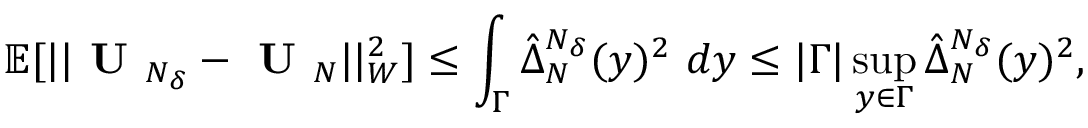
\mathbb { E } [ | | \textbf { U } _ { N _ { \delta } } - \textbf { U } _ { N } | | _ { W } ^ { 2 } ] \leq \int _ { \boldsymbol { \Gamma } } \hat { \Delta } _ { N } ^ { N _ { \delta } } ( y ) ^ { 2 } \ d y \leq | \boldsymbol { \Gamma } | \operatorname* { s u p } _ { y \in \boldsymbol { \Gamma } } \hat { \Delta } _ { N } ^ { N _ { \delta } } ( y ) ^ { 2 } ,